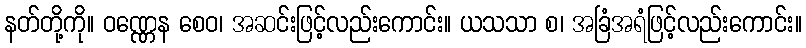
နတ်တို့ကို။ ဝဏ္ဏေန စေဝ၊ အဆင်းဖြင့်လည်းကောင်း။ ယသသာ စ၊ အခြံအရံဖြင့်လည်းကောင်း။